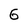
Character: G